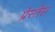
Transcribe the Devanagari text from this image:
प्रेस्तेस